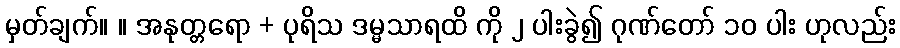
မှတ်ချက်။ ။ အနုတ္တရော + ပုရိသ ဒမ္မသာရထိ ကို ၂ ပါးခွဲ၍ ဂုဏ်တော် ၁၀ ပါး ဟုလည်း